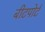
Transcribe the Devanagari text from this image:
बीटपोर्ट